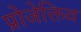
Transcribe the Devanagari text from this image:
प्रोजेक्तिव